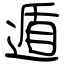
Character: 遁